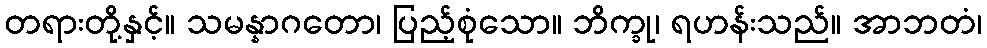
တရားတို့နှင့်။ သမန္နာဂတော၊ ပြည့်စုံသော။ ဘိက္ခု၊ ရဟန်းသည်။ အာဘတံ၊